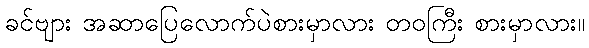
ခင်ဗျား အဆာပြေလောက်ပဲစားမှာလား တဝကြီး စားမှာလား။